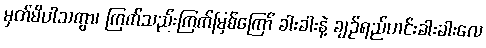
မှတ်မိပါသကွာ၊ ကြက်သည်းကြက်မြစ်ကြော် ခါးခါးနဲ့ ချဉ်ရည်ဟင်းခါးခါးလေ